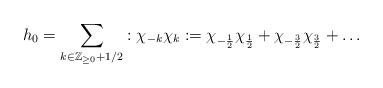
LaTeX: \begin{align*}h_0=\sum _{k\in \mathbb{Z}_{\geq 0}+1/2}:\chi_{-k} \chi_{k}: =\chi_{-\frac{1}{2}}\chi_{\frac{1}{2}} +\chi_{-\frac{3}{2}}\chi_{\frac{3}{2}} +\dots\end{align*}